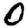
Digit: 0